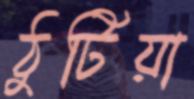
ঠুটিয়া